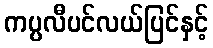
ကပ္ပလီပင်လယ်ပြင်နှင့်